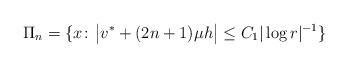
LaTeX: \begin{align*}\Pi _n=\{x\colon \bigl|v^*+(2n+1)\mu h\bigr|\le C_1|\log r|^{-1}\}\end{align*}